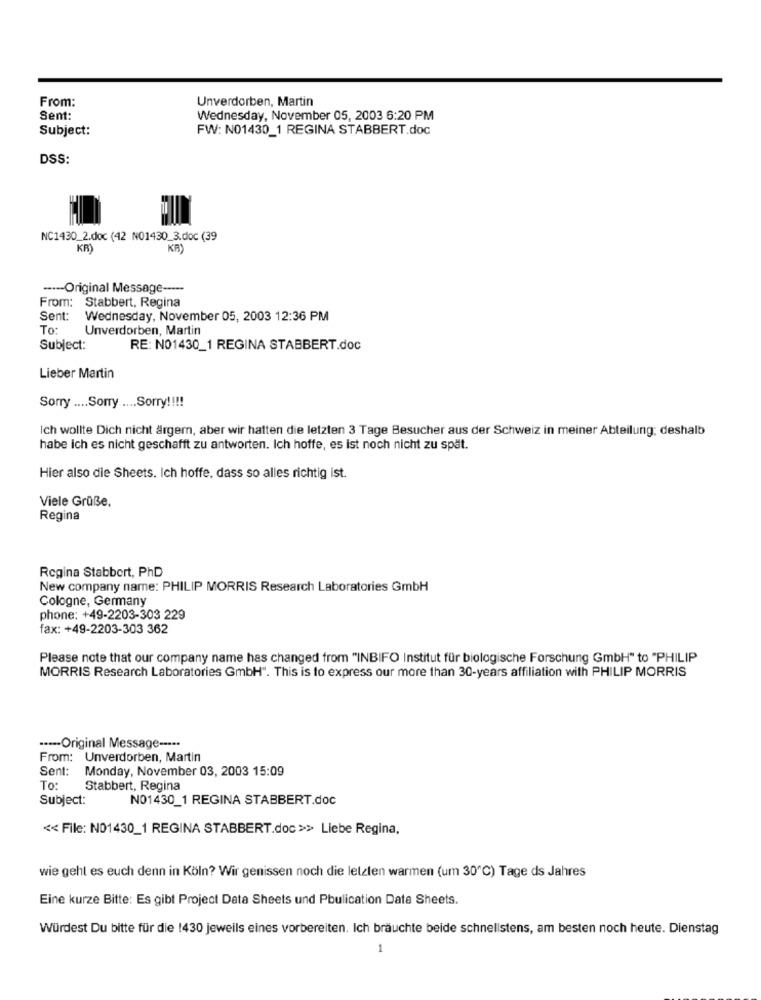
From:
Unverdorben, Martin
Sent:
Wednesday, November 05, 2003 6:20 PM
Subject:
FW: NO1430_1 REGINA STABBERT.doc
DSS:
NC1430_2.doc (42 NO1430_3.doc (39
KB)
KR
---- Original Message -----
From: Stabbert, Regina
Sent: Wednesday, November 05, 2003 12:36 PM
To:
Unverdorben, Martin
Subject:
RE: NO1430_1 REGINA STABBERT.doc
Lieber Martin
Sorry .... Sorry .... Sorry !!!!
Ich wollte Dich nicht ärgern, aber wir hatten die letzten 3 Tage Besucher aus der Schweiz in meiner Abteilung: deshalb
habe ich es nicht geschafft zu antworten. Ich hoffe, es ist noch nicht zu spät.
Hier also die Sheets. Ich hoffe, dass so alles richtig ist.
Viele Grüße.
Regina
Regina Stabbort, PhD
New company name: PHILIP MORRIS Research Laboratories GmbH
Cologne, Germany
phone: +49-2203-303 229
fax: +49-2203-303 362
Please note that our company name has changed from "INBIFO Institut für biologische Forschung GmbH" to "PHILIP
MORRIS Research Laboratories GmbH". This is to express our more than 30-years affiliation with PHILIP MORRIS
----- Original Message -----
From: Unverdorben, Martin
Sent: Monday, November 03, 2003 15:09
To:
Stabbert, Regina
Subject:
NO1430_1 REGINA STABBERT.doc
<< File: N01430_1 REGINA STABBERT.doc >> Liebe Regina,
wie geht es euch denn in Köln? Wir genissen noch die letzten warmen (um 30℃) Tage ds Jahres
Eine kurze Bitte: Es gibt Project Data Sheets und Pbulication Data Sheets.
Würdest Du bitte für die 1430 jeweils eines vorbereiten. Ich bräuchte beide schnellstens, am besten noch heute. Dienstag
1